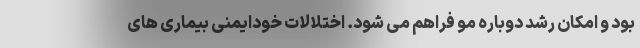
بود و امکان رشد دوباره مو فراهم می شود. اختلالات خودایمنی بیماری های